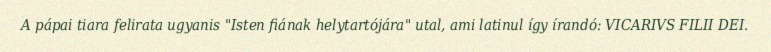
A pápai tiara felirata ugyanis "Isten fiának helytartójára" utal, ami latinul így írandó: VICARIVS FILII DEI.